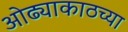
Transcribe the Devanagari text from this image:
ओढ्याकाठच्या